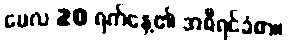
မေလ 20 ရက်နေ့၏ အစီရင်ခံစာ။